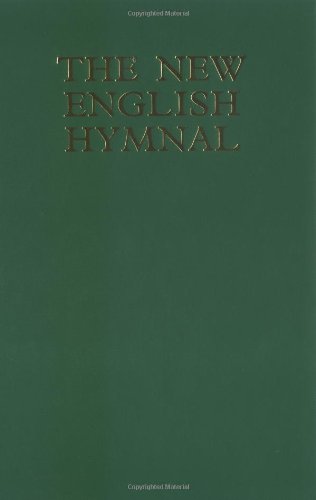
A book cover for New English Hymnal Full Music edition; Christian Books & Bibles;